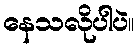
နေသလိုပါပဲ။